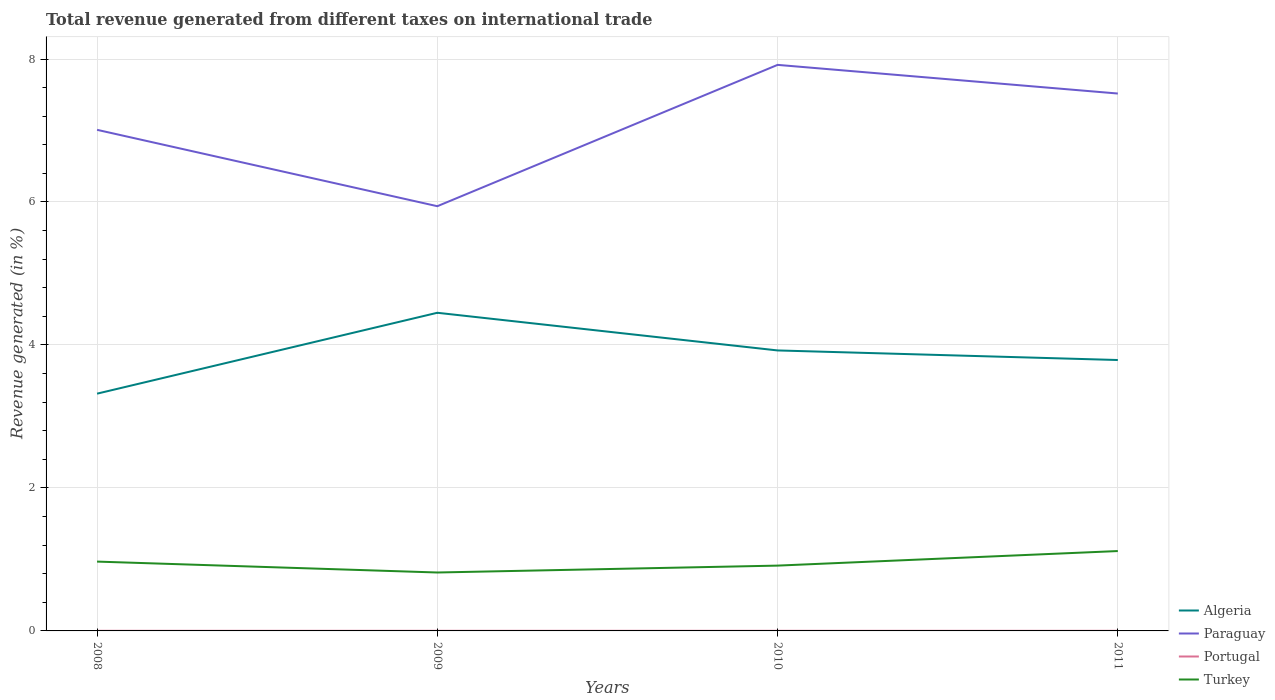
| Years | Algeria | Paraguay | Portugal | Turkey |
 | --- | --- | --- | --- | --- |
 | 2008 | 3.32 | 7.01 | 0.00173 | 0.97 |
 | 2009 | 4.45 | 5.94 | 0.00167 | 0.817 |
 | 2010 | 3.92 | 7.92 | 0.00164 | 0.914 |
 | 2011 | 3.79 | 7.52 | 0.00151 | 1.12 |